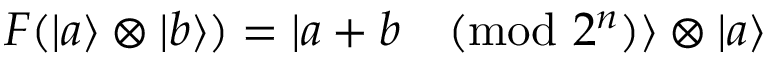
F ( | a \rangle \otimes | b \rangle ) = | a + b { \pmod { 2 ^ { n } } } \rangle \otimes | a \rangle